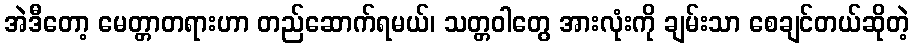
အဲဒီတော့ မေတ္တာတရားဟာ တည်ဆောက်ရမယ်၊ သတ္တဝါတွေ အားလုံးကို ချမ်းသာ စေချင်တယ်ဆိုတဲ့